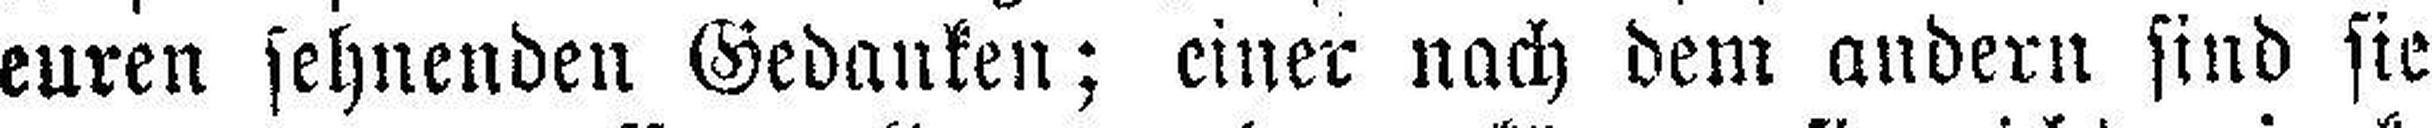
euren sehnenden Gedanken; einer nach dem andern sind sie